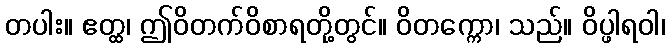
တပါး။ ဧတ္ထ၊ ဤဝိတက်ဝိစာရတို့တွင်။ ဝိတက္ကော၊ သည်။ ဝိပ္ဖါရဝါ၊